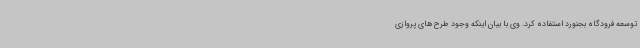
توسعه فرودگاه بجنورد استفاده کرد. وی با بیان اینکه وجود طرح های پروازی